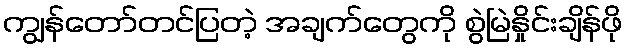
ကျွန်တော်တင်ပြတဲ့ အချက်တွေကို စွဲမြဲနှိုင်းချိန်ဖို